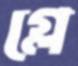
গ্লে